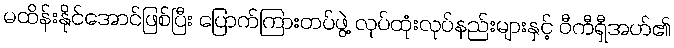
မထိန်းနိုင်အောင်ဖြစ်ပြီး ပြောက်ကြားတပ်ဖွဲ့ လုပ်ထုံးလုပ်နည်းများနှင့် ဝီကီရှီအဟ်၏